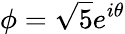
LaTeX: \phi={\sqrt{5}}e^{i\theta}